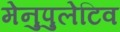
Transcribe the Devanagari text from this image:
मेनुपुलेटिव